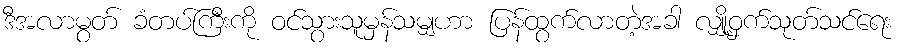
ဒီအလာမွတ် ခံတပ်ကြီးကို ဝင်သွားသူမှန်သမျှဟာ ပြန်ထွက်လာတဲ့အခါ လျှို့ဝှက်သုတ်သင်ရေး